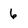
Character: 6